Vaccination North-Western Provinces 1866-1877 - 1866-1877
Year: 1866
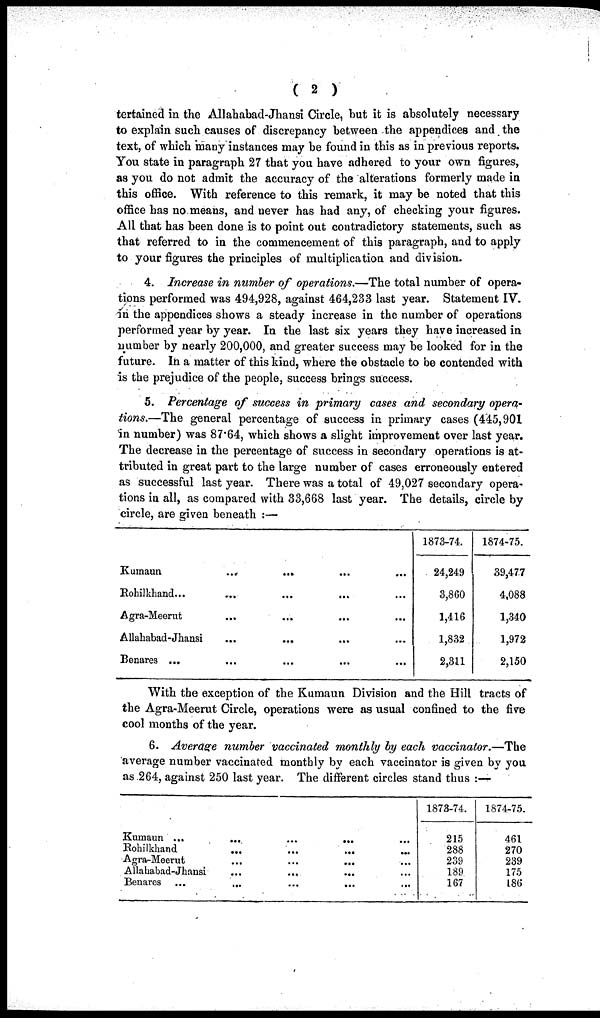
( 2 )
tertained in the Allahabad-Jhansi Circle, but it is absolutely necessary
to explain such causes of discrepancy between the appendices and the
text, of which many instances may be found in this as in previous reports.
You state in paragraph 27 that you have adhered to your own figures,
as you do not admit the accuracy of the alterations formerly made in
this office. With reference to this remark, it may be noted that this
office has no means, and never has had any, of checking your figures.
All that has been done is to point out contradictory statements, such as
that referred to in the commencement of this paragraph, and to apply
to your figures the principles of multiplication and division.
4. Increase in number of operations.—The total number of opera-
tions performed was 494,928, against 464,233 last year. Statement IV.
in the appendices shows a steady increase in the number of operations
performed year by year. In the last six years they have increased in
number by nearly 200,000, and greater success may be looked for in the
future. In a matter of this kind, where the obstacle to be contended with
is the prejudice of the people, success brings success.
5. Percentage of success in primary cases and secondary opera-
tions.—The general percentage of success in primary cases (445,901
in number) was 87.64, which shows a slight improvement over last year.
The decrease in the percentage of success in secondary operations is at-
tributed in great part to the large number of cases erroneously entered
as successful last year. There was a total of 49,027 secondary opera-
tions in all, as compared with 33,668 last year. The details, circle by
circle, are given beneath :—
Kumaun
Rohilkhand...
Agra-Meerut
Allahabad-Jhansi
Benares ...
...
...
...
...
...
...
...
...
...
...
...
...
...
...
...
...
...
...
...
...
1873-74.
24,249
3,860
1,416
1,832
2,311
1874-75.
39,477
4,088
1,340
1,972
2,150
With the exception of the Kumaun Division and the Hill tracts of
the Agra-Meerut Circle, operations were as usual confined to the five
cool months of the year.
6. Average number vaccinated monthly by each vaccinator.—The
average number vaccinated monthly by each vaccinator is given by you
as 264, against 250 last year. The different circles stand thus :—
Kumaun ...
Rohilkhand
Agra-Meerut
Allahabad-Jhansi
Benares ...
...
...
...
...
...
...
...
...
...
...
...
...
...
...
...
...
...
...
...
...
1873-74.
215
288
239
189
167
1874-75.
461
270
239
175
186